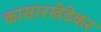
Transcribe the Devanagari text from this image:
कासारखेडेकर